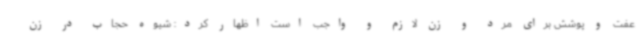
عفت و پوشش برای مرد و زن لازم و واجب است اظهار کرد: شیوه حجاب در زن